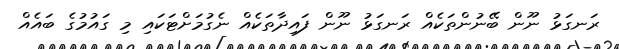
ރަނގަޅު ނޫން ބޭނުންތަކެއް ރަނގަޅު ނޫން ފައިދާތަކެއް ނެގުމަށްޓަކައި މި ގައުމުގެ ބައެއް